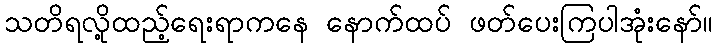
သတိရလို့ထည့်ရေးရာကနေ နောက်ထပ် ဖတ်ပေးကြပါအုံးနော်။